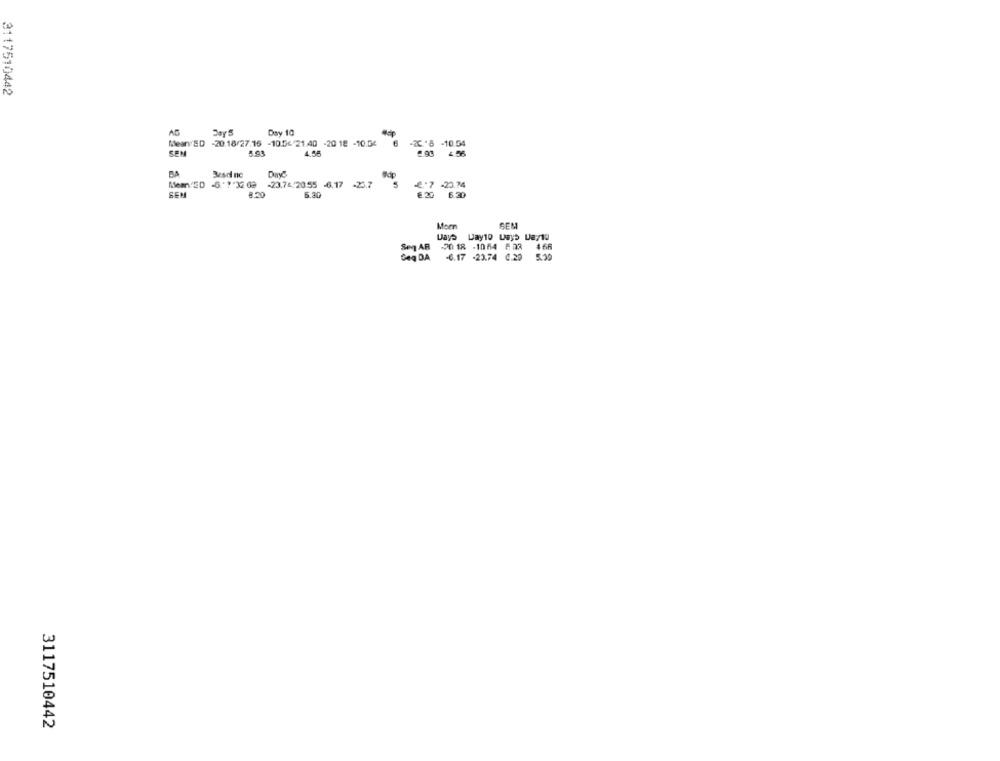
3117510442
AG
Day 5
Day 10
Mean ED -20.18/27.15 -10.56 21.40 -20 18 -10.04
-2C. 8 -10.54
SEM
4.55
2.98
4.56
Besdi no
dp
Meant ED -6."7'32 62
-23.76.20.55 -6.17 -25.7
€. 7 -20.74
SEM
6.30
6.30
Morn
SEM
Se AB
20 18 -1064 8 28
4 66
Geq DA
-6.17 -23.74 0.20
5.39
3117510442